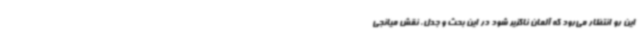
این رو انتظار می‌رود که آلمان ناگزیر شود در این بحث و جدل، نقش میانجی